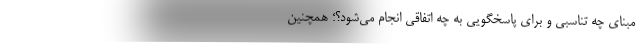
مبنای چه تناسبی و برای پاسخگویی به چه اتفاقی انجام می‌شود؟؛ همچنین